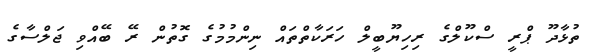
ތުޅާދޫ ޕްރީ ސްކޫލްގެ ރިހިޔޫބީލް ހަރަކާތްތައް ނިންމުމުގެ ގޮތުން ރޭ ބޭއްވި ޖަލްސާގެ